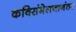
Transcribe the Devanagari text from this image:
कविसंमेलनानंतर